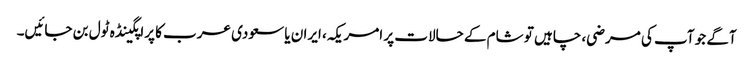
آگے جو آپ کی مرضی، چاہیں تو شام کے حالات پر امریکہ، ایران یا سعودی عرب کا پراپگینڈہ ٹول بن جائیں۔